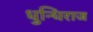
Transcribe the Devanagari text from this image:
धुन्धिराज